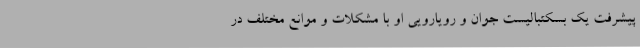
پیشرفت یک بسکتبالیست جوان و رویارویی او با مشکلات و موانع مختلف در